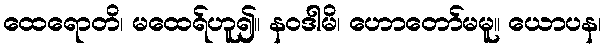
ထေရောတိ၊ မထေရ်ဟူ၍။ နဝဒါမိ၊ ဟောတော်မမူ။ ယောပန၊